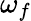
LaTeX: \omega_{f}